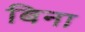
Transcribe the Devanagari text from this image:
बिना